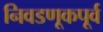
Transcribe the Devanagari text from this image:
निवडणूकपूर्व